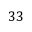
3 3